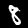
Digit: 8